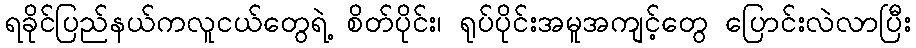
ရခိုင်ပြည်နယ်ကလူငယ်တွေရဲ့ စိတ်ပိုင်း၊ ရုပ်ပိုင်းအမူအကျင့်တွေ ပြောင်းလဲလာပြီး